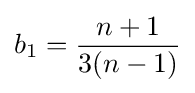
b_{1}={\frac {n+1}{3(n-1)}}